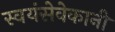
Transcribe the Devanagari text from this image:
स्वयंसेवेकानी